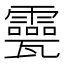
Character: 𤮮